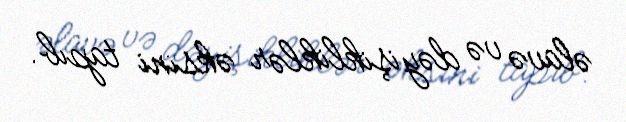
əlavə və dəyişikliklər əksini tapıb.